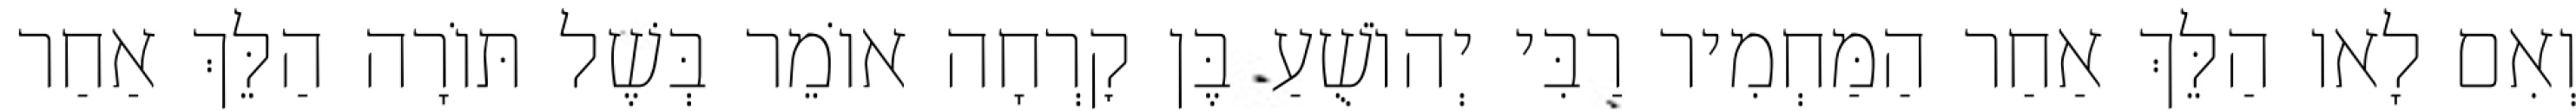
וְאִם לָאו הַלֵּךְ אַחַר הַמַּחְמִיר רַבִּי יְהוֹשֻׁעַ בֶּן קׇרְחָה אוֹמֵר בְּשֶׁל תּוֹרָה הַלֵּךְ אַחַר